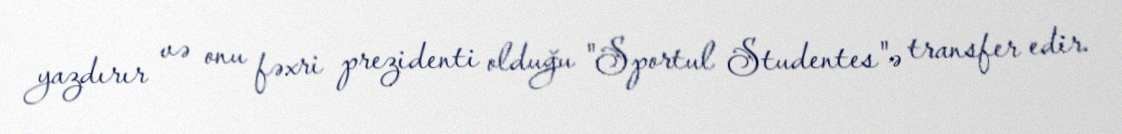
yazdırır və onu fəxri prezidenti olduğu "Sportul Studentes"ə transfer edir.